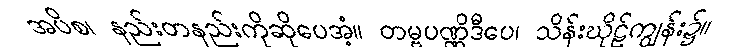
အပိစ၊ နည်းတနည်းကိုဆိုပေအံ့။ တမ္ဗပဏ္ဏိဒီပေ၊ သိန်းဃိုဠ်ကျွန်း၌။